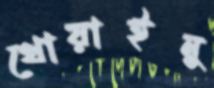
থোয়াইনু